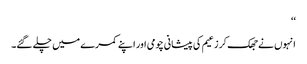
‘‘
انہوں نے جھک کر زعیم کی پیشانی چومی اور اپنے کمرے میں چلے گئے۔